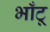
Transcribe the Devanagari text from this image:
भाँटू